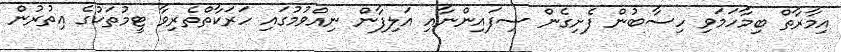
އިމާރާތް ބިމާހަމަވި ހިސާބުން ފެށިގެން ސިފައިންނާއި އަލިފާން ނިއްވުމުގައި ހަރަކާތްތެރިވާ ޓީމުތަކުގެ އިތުރުން